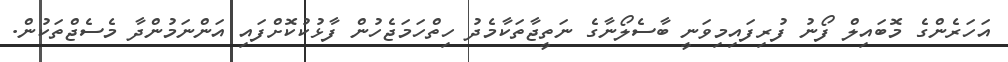
އަހަރެންގެ މޮބައިލް ފޯނު ފުރިފައިމިވަނީ ބާސެލޯނާގެ ނަތީޖާތަކާމެދު ހިތްހަމަޖެހުން ފާޅުކުކޮށްފައި އަންނަމުންދާ މެސެޖްތަކުން.